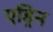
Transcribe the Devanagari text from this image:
एड्रिन